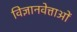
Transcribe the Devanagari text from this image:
विज्ञानवेत्ताओं